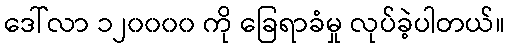
ဒေါ်လာ ၁၂၀၀၀၀ ကို ခြေရာခံမှု လုပ်ခဲ့ပါတယ်။